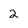
Character: 2